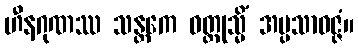
ဟီနဂုဏဿ သန္တကေ ဝတ္ထုသ္မိံ အပ္ပသာဝဇ္ဇံ။